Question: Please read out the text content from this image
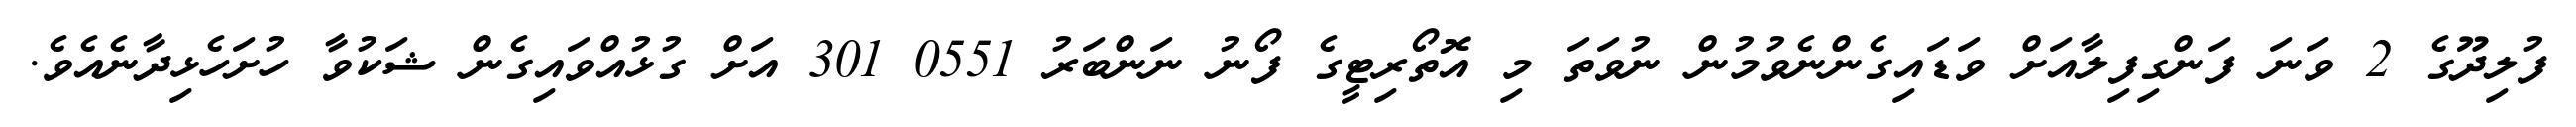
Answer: ފުލިދޫގެ 2 ވަނަ ފަންގިފިލާއަށް ވަޑައިގެންނެވުމުން ނުވަތަ މި އޮތޯރިޓީގެ ފޯނު ނަންބަރު 0551 301 އަށް ގުޅުއްވައިގެން ޝަކުވާ ހުށަހެޅިދާނެއެވެ.